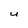
Character: U